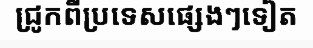
ជ្រូកពីប្រទេសផ្សេងៗទៀត